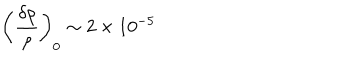
\left( \frac { \delta \rho } { \rho } \right) _ { 0 } \sim 2 \times 1 0 ^ { - 5 }